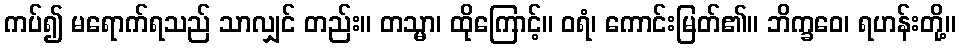
ကပ်၍ မရောက်ရသည် သာလျှင် တည်း။ တသ္မာ၊ ထိုကြောင့်။ ဝရံ၊ ကောင်းမြတ်၏။ ဘိက္ခဝေ၊ ရဟန်းတို့။